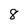
Character: 8